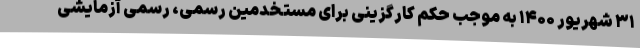
۳۱ شهریور ۱۴۰۰ به موجب حکم کارگزینی برای مستخدمین رسمی، رسمی آزمایشی